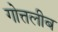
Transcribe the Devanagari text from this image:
गोत्तलीब